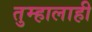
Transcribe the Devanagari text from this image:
तुम्हालाही